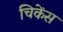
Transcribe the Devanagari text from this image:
चिकेंस